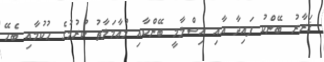
ޤަރާރު ބޭންކު ފައިދާ އާއި އިސްލާމީ ބޭންކާއި މުޢާމަލާތު ކުރުމުގެ ޙުކުމާއި ބެހޭ